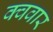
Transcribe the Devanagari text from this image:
क्ववार